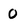
Character: 0